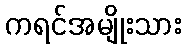
ကရင်အမျိုးသား